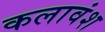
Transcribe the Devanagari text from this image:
कलावंश